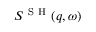
S ^ { \mathrm { ~ S ~ H ~ } } ( q , \omega )